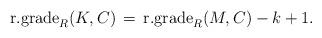
LaTeX: \begin{align*}\textrm{r.grade}_R(K, C) \, = \, \textrm{r.grade}_R(M, C)-k+1.\end{align*}